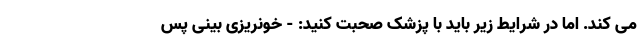
می کند. اما در شرایط زیر باید با پزشک صحبت کنید: - خونریزی بینی پس